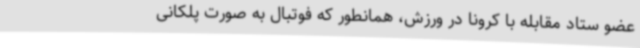
عضو ستاد مقابله با کرونا در ورزش، همانطور که فوتبال به صورت پلکانی